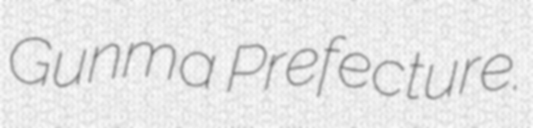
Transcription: Gunma Prefecture.